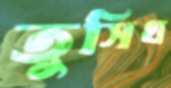
তুসিথ